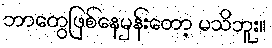
ဘာတွေဖြစ်နေမှန်းတော့ မသိဘူး။